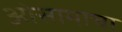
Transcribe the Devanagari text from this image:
ओसामाचा